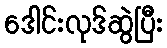
ဒေါင်းလုဒ်ဆွဲပြီး